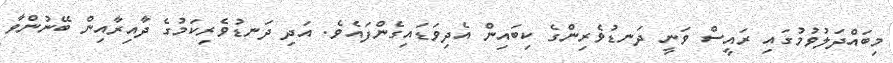
މިބައްދަލުވުމުގައި ރައީސް ވަނީ ދަނޑުވެރިންގެ ކިބައިން އެދިވަޑައިގެންފައެވެ. އަދި ދަނޑުވެރިކަމުގެ ދާއިރާއިން ބޭނުންވާ